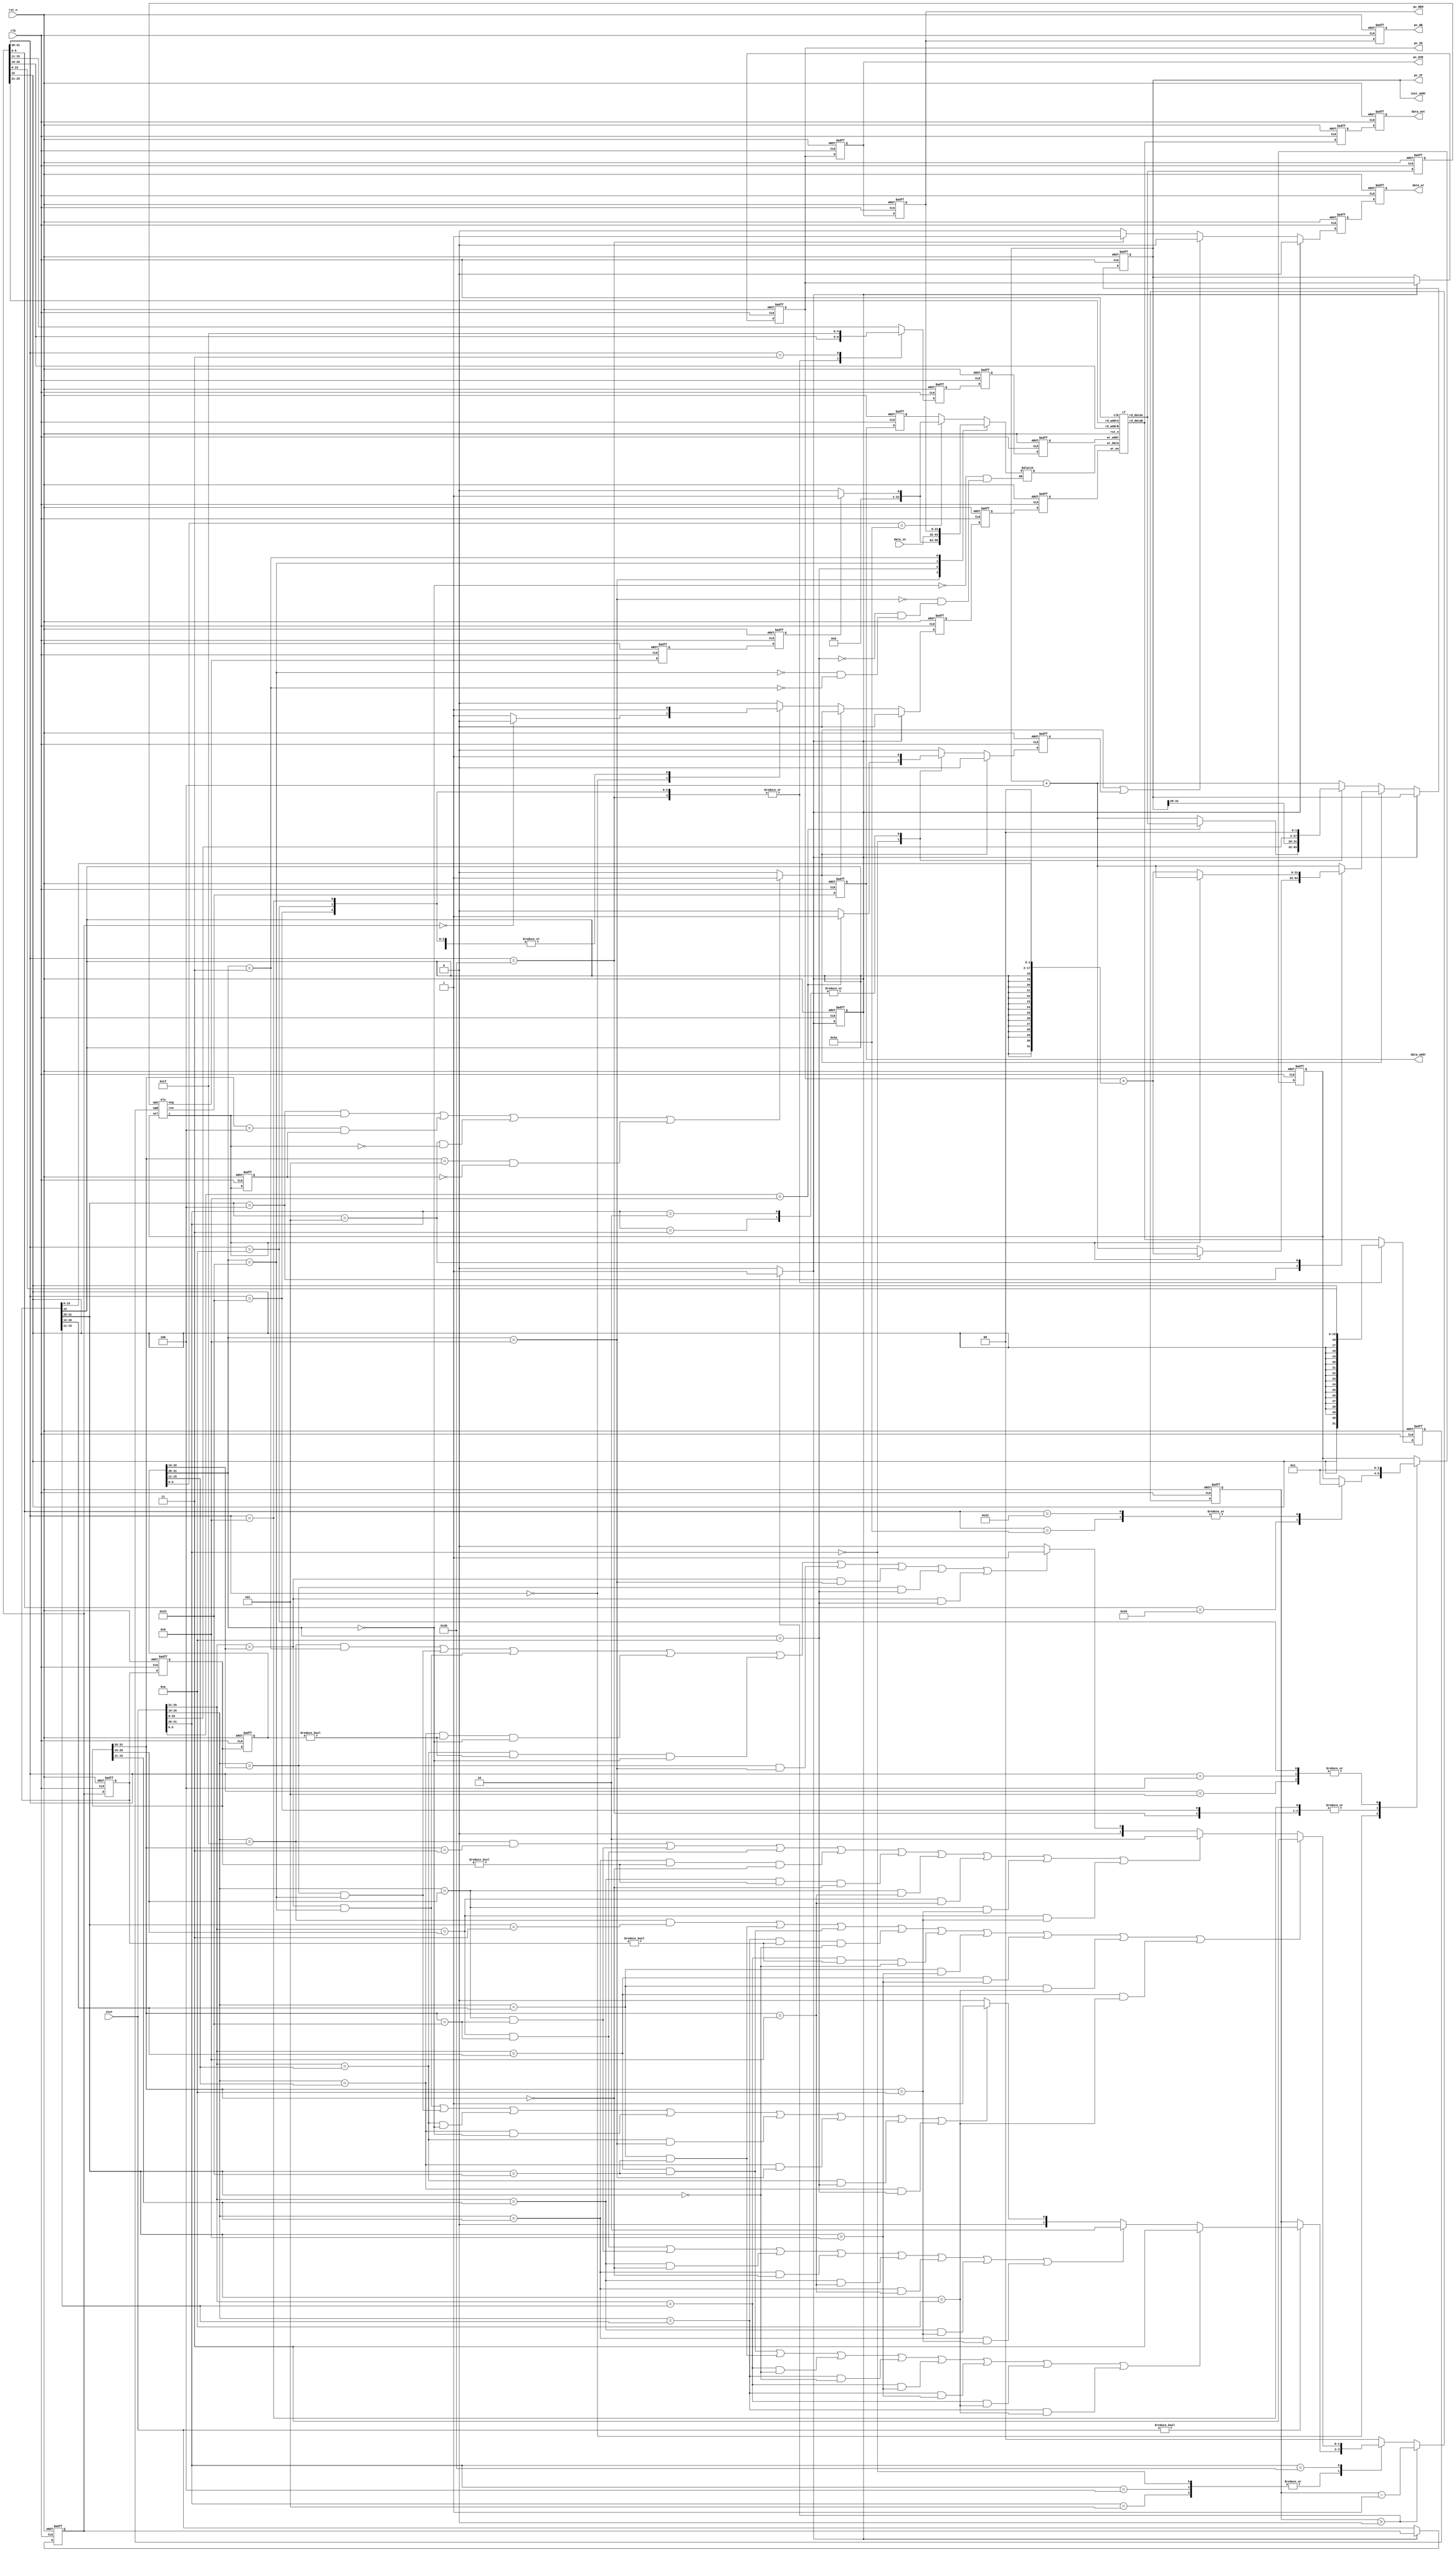
`timescale 1ns/1ps
`define WORD_WIDTH 32
`define MEM_DEPTH  32
`define MEM_WIDTH  32
`define INPUT_DELAY 5
`define OUTPUT_DELAY 5

module pipelined_mips ( clk, rst_n, inst_addr, inst, data_addr, data_in,
  data_out, data_wr, pc_IF, pc_ID, pc_EXE, pc_MEM, pc_WB );
  input clk;
  input rst_n;
  output [31:0] inst_addr;
  input [31:0] inst;
  output [31:0] data_addr;
  input [31:0] data_in;
  output [31:0] data_out;
  output data_wr;
  output [31:0] pc_IF;
  output [31:0] pc_ID;
  output [31:0] pc_EXE;
  output [31:0] pc_MEM;
  output [31:0] pc_WB;

  parameter instBEQ = 6'b000100;
  parameter instBNE = 6'b000101;
  parameter instADDI = 6'b001000;
  parameter instSLTI = 6'b001010;
  parameter instSW = 6'b101011;
  parameter instLW = 6'b100011;
  parameter instJUMP = 6'b000010;
  parameter instJAL = 6'b000011;

  parameter instRType = 6'd0;

  parameter functADD = 6'b100000;
  parameter functSUB = 6'b100010;
  parameter functSLT = 6'b101010;
  parameter functJR = 6'b001000;

  parameter aluAdd = 2'd0;
  parameter aluSub = 2'd1;

  wire [31:0] rd_dataA;
  wire [31:0] rd_dataB;
  wire [4:0] rd_addrA;
  wire [4:0] rd_addrB;

  /* Program Counter */
  reg [31:0] inst_addr;

  wire [31:0] aluRes;
  wire aluZ;
  wire aluNeg;

  wire [31:0] pc_IF;
  wire [31:0] pc_ID;
  wire [31:0] pc_EXE;
  wire [31:0] pc_MEM;
  wire [31:0] pc_WB;

  reg [31:0] if_id_inst_addr;
  wire [31:0] if_id_inst;

  reg [31:0] id_exe_aluOpA;
  reg [31:0] id_exe_aluOpB;
  reg [31:0] id_exe_storeOp;
  reg [4:0] id_exe_wr_addr;
  reg [31:0] id_exe_inst;
  reg [31:0] id_exe_inst_addr;
  reg [1:0] id_exe_aluSel;
  reg id_exe_data_wr;
  reg id_exe_wr_en;

  reg [31:0] exe_mem_aluRes;
  reg [31:0] exe_mem_storeOp;
  reg [4:0] exe_mem_wr_addr;
  reg [31:0] exe_mem_inst;
  reg [31:0] exe_mem_inst_addr;
  reg exe_mem_wr_en;
  reg exe_mem_data_wr;
  reg exe_mem_aluZ;
  reg exe_mem_aluNeg;

  reg [4:0] mem_wb_wr_addr;
  reg [31:0] mem_wb_wr_data;
  reg [31:0] mem_wb_inst;
  reg [31:0] mem_wb_inst_addr;
  reg [31:0] mem_wb_aluRes;
  reg mem_wb_wr_en;
  reg mem_wb_aluNeg;

  reg branch_taken;
  reg flush_jump;
  reg stall;
  reg [1:0] stall_counter;

  reg [31:0] if_id_inst_hold;

  /* Register File */
  rf R1 (.clk(clk),
    .rst_n(rst_n),
    .rd_addrA(rd_addrA),
    .rd_addrB(rd_addrB),
    .rd_dataA(rd_dataA),
    .rd_dataB(rd_dataB),
    .wr_en(mem_wb_wr_en),
    .wr_addr(mem_wb_wr_addr),
    .wr_data(mem_wb_wr_data)
  );

  assign rd_addrA = if_id_inst_hold[25:21];
  assign rd_addrB = if_id_inst_hold[20:16];

  /* ALU */
  alu A1 (.opA(id_exe_aluOpA),
    .opB(id_exe_aluOpB),
    .sel(id_exe_aluSel),
    .res(aluRes),
    .z(aluZ),
    .neg(aluNeg)
  );

  // check in EXE and MEM stages if the instruction is a branch
  // if the instruction is branch and the corresponding "aluZ" flag from the ALU is set (0 or 1)
  // then set the "branch_taken" flag to 1
  // branch_taken -> flag for flushin in branch instructions when branch is not taken
  always @ (*)
    if ( ((id_exe_inst[31:26] == instBEQ) && aluZ) || ((exe_mem_inst[31:26] == instBEQ) && exe_mem_aluZ) ||
      ((id_exe_inst[31:26] == instBNE) && !aluZ) || ((exe_mem_inst[31:26] == instBNE) && !exe_mem_aluZ) )
      branch_taken <= 1'b1;
    else
      branch_taken <= 1'b0;

  // flush_jump -> flag for flushing in jump instructions
  always @ (posedge clk, negedge rst_n)
    if (!rst_n) flush_jump <= 1'b0;
    else
      if (!branch_taken)
        case (if_id_inst[31:26])
          instRType:
            case (if_id_inst[5:0])
              functJR:
                flush_jump <= 1'b1;
              default:
                flush_jump <= 1'b0;
            endcase

          instJUMP,instJAL:
            flush_jump <= 1'b1;

          default:
            flush_jump <= 1'b0;
        endcase
      else
        flush_jump <= 1'b0;

  // Stall control signal
  always @ (*)
    if (stall_counter > 0)
      stall <= 1;
    else
      stall <= 0;

  // Stall counter
  always @ (negedge clk, negedge rst_n)
    if (!rst_n) stall_counter <= 0;
    else
      if (stall_counter > 0)
        stall_counter <= stall_counter - 1;
      else
        case (if_id_inst[31:26])
          instBEQ,
          instBNE,
          instRType:
            if (if_id_inst != 32'd0)
              if
              (
                (if_id_inst[25:21] == id_exe_inst[20:16]) && (id_exe_inst[31:26] == instLW) ||  // IF/ID.IR.RS == ID/EXE.IR.RT
                (if_id_inst[20:16] == id_exe_inst[20:16]) && (id_exe_inst[31:26] == instLW) ||  // IF/ID.IR.RT == ID/EXE.IR.RT

                (if_id_inst[25:21] == id_exe_inst[15:11]) && (id_exe_inst[31:26] == instRType) ||  // IF/ID.IR.RS == ID/EXE.IR.RD
                (if_id_inst[20:16] == id_exe_inst[15:11]) && (id_exe_inst[31:26] == instRType) ||  // IF/ID.IR.RS == ID/EXE.IR.RD

                (if_id_inst[25:21] == id_exe_inst[15:11]) && (id_exe_inst[31:26] == instADDI) ||  // IF/ID.IR.RS == ID/EXE.IR.RD
                (if_id_inst[20:16] == id_exe_inst[15:11]) && (id_exe_inst[31:26] == instADDI) ||  // IF/ID.IR.RS == ID/EXE.IR.RD

                (if_id_inst[25:21] == id_exe_inst[15:11]) && (id_exe_inst[31:26] == instSLTI) ||  // IF/ID.IR.RS == ID/EXE.IR.RD
                (if_id_inst[20:16] == id_exe_inst[15:11]) && (id_exe_inst[31:26] == instSLTI)   // IF/ID.IR.RS == ID/EXE.IR.RD
              )
                stall_counter <= 3;
              else if
              (
                (if_id_inst[25:21] == exe_mem_inst[20:16]) && (exe_mem_inst[31:26] == instLW) ||
                (if_id_inst[20:16] == exe_mem_inst[20:16]) && (exe_mem_inst[31:26] == instLW) ||

                (if_id_inst[25:21] == exe_mem_inst[15:11]) && (exe_mem_inst[31:26] == instRType) ||
                (if_id_inst[20:16] == exe_mem_inst[15:11]) && (exe_mem_inst[31:26] == instRType) ||

                (if_id_inst[25:21] == exe_mem_inst[15:11]) && (exe_mem_inst[31:26] == instADDI) ||
                (if_id_inst[20:16] == exe_mem_inst[15:11]) && (exe_mem_inst[31:26] == instADDI) ||

                (if_id_inst[25:21] == exe_mem_inst[15:11]) && (exe_mem_inst[31:26] == instSLTI) ||
                (if_id_inst[20:16] == exe_mem_inst[15:11]) && (exe_mem_inst[31:26] == instSLTI)
              )
                stall_counter <= 2;
              else if
              (
                (if_id_inst[25:21] == mem_wb_inst[20:16]) && (mem_wb_inst[31:26] == instLW) ||
                (if_id_inst[20:16] == mem_wb_inst[20:16]) && (mem_wb_inst[31:26] == instLW) ||

                (if_id_inst[25:21] == mem_wb_inst[15:11]) && (mem_wb_inst[31:26] == instRType) ||
                (if_id_inst[20:16] == mem_wb_inst[15:11]) && (mem_wb_inst[31:26] == instRType) ||

                (if_id_inst[25:21] == mem_wb_inst[15:11]) && (mem_wb_inst[31:26] == instADDI) ||
                (if_id_inst[20:16] == mem_wb_inst[15:11]) && (mem_wb_inst[31:26] == instADDI) ||

                (if_id_inst[25:21] == mem_wb_inst[15:11]) && (mem_wb_inst[31:26] == instSLTI) ||
                (if_id_inst[20:16] == mem_wb_inst[15:11]) && (mem_wb_inst[31:26] == instSLTI)

              )
                stall_counter <= 1;

            else
              stall_counter <= 0;

          instSW: begin
            if
            (
              ( (if_id_inst[20:16] == 5'd31) && (id_exe_inst[31:26] == instJAL) ) ||

              ( (if_id_inst[20:16] == id_exe_inst[20:16]) && (id_exe_inst[31:26] == instLW) ) ||    // IF/ID.IR.RT == ID/EXE.IR.RT
              ( (if_id_inst[25:21] == id_exe_inst[20:16]) && (id_exe_inst[31:26] == instLW) ) ||    // IF/ID.IR.RS == ID/EXE.IR.RT

              ( (if_id_inst[20:16] == id_exe_inst[15:11]) && (id_exe_inst != 32'd0) && (id_exe_inst[31:26] == instRType) ) ||    // IF/ID.IR.RT == ID/EXE.IR.RD
              ( (if_id_inst[25:21] == id_exe_inst[15:11]) && (id_exe_inst != 32'd0) && (id_exe_inst[31:26] == instRType) ) ||    // IF/ID.IR.RS == ID/EXE.IR.RD

              ( (if_id_inst[20:16] == id_exe_inst[20:16]) && (id_exe_inst[31:26] == instADDI) ) ||    // IF/ID.IR.RT == ID/EXE.IR.RT
              ( (if_id_inst[25:21] == id_exe_inst[20:16]) && (id_exe_inst[31:26] == instADDI) ) ||     // IF/ID.IR.RS == ID/EXE.IR.RT

              ( (if_id_inst[20:16] == id_exe_inst[20:16]) && (id_exe_inst[31:26] == instSLTI) ) ||    // IF/ID.IR.RT == ID/EXE.IR.RT
              ( (if_id_inst[25:21] == id_exe_inst[20:16]) && (id_exe_inst[31:26] == instSLTI) )      // IF/ID.IR.RS == ID/EXE.IR.RT
            )
              stall_counter <= 3;

            else if
            (
              ( (if_id_inst[20:16] == 5'd31) && (exe_mem_inst[31:26] == instJAL) ) ||

              ( (if_id_inst[20:16] == exe_mem_inst[20:16]) && (exe_mem_inst[31:26] == instLW) ) ||    // IF/ID.IR.RT == ID/EXE.IR.RT
              ( (if_id_inst[25:21] == exe_mem_inst[20:16]) && (exe_mem_inst[31:26] == instLW) ) ||    // IF/ID.IR.RT == ID/EXE.IR.RT

              ( (if_id_inst[20:16] == exe_mem_inst[15:11]) && (exe_mem_inst != 32'd0) && (exe_mem_inst[31:26] == instRType) ) ||  // IF/ID.IR.RT == EXE/MEM.IR.RD
              ( (if_id_inst[25:21] == exe_mem_inst[15:11]) && (exe_mem_inst != 32'd0) && (exe_mem_inst[31:26] == instRType) ) ||    // IF/ID.IR.RS == EXE/MEM.IR.RD

              ( (if_id_inst[20:16] == exe_mem_inst[20:16]) && (exe_mem_inst[31:26] == instADDI) ) ||    // IF/ID.IR.RT == ID/EXE.IR.RT
              ( (if_id_inst[25:21] == exe_mem_inst[20:16]) && (exe_mem_inst[31:26] == instADDI) ) ||     // IF/ID.IR.RS == ID/EXE.IR.RT

              ( (if_id_inst[20:16] == exe_mem_inst[20:16]) && (exe_mem_inst[31:26] == instSLTI) ) ||    // IF/ID.IR.RT == ID/EXE.IR.RT
              ( (if_id_inst[25:21] == exe_mem_inst[20:16]) && (exe_mem_inst[31:26] == instSLTI) )      // IF/ID.IR.RS == ID/EXE.IR.RT

            )
              stall_counter <= 2;

            else if
            (
              ( (if_id_inst[20:16] == 5'd31) && (mem_wb_inst[31:26] == instJAL) ) ||

              ( (if_id_inst[20:16] == mem_wb_inst[20:16]) && (mem_wb_inst[31:26] == instLW) ) ||    // IF/ID.IR.RT == ID/EXE.IR.RT
              ( (if_id_inst[25:21] == mem_wb_inst[20:16]) && (mem_wb_inst[31:26] == instLW) ) ||    // IF/ID.IR.RT == ID/EXE.IR.RT

              ( (if_id_inst[20:16] == mem_wb_inst[15:11]) && (mem_wb_inst != 32'd0) && (mem_wb_inst[31:26] == instRType) ) ||  // IF/ID.IR.RT == MEM/WB.IR.RD
              ( (if_id_inst[25:21] == mem_wb_inst[15:11]) && (mem_wb_inst != 32'd0) && (mem_wb_inst[31:26] == instRType) ) ||    // IF/ID.IR.RS == MEM/WB.IR.RD

              ( (if_id_inst[20:16] == mem_wb_inst[20:16]) && (mem_wb_inst[31:26] == instADDI) ) ||    // IF/ID.IR.RT == ID/EXE.IR.RT
              ( (if_id_inst[25:21] == mem_wb_inst[20:16]) && (mem_wb_inst[31:26] == instADDI) ) ||     // IF/ID.IR.RS == ID/EXE.IR.RT

              ( (if_id_inst[20:16] == mem_wb_inst[20:16]) && (mem_wb_inst[31:26] == instSLTI) ) ||    // IF/ID.IR.RT == ID/EXE.IR.RT
              ( (if_id_inst[25:21] == mem_wb_inst[20:16]) && (mem_wb_inst[31:26] == instSLTI) )      // IF/ID.IR.RS == ID/EXE.IR.RT
            )
              stall_counter <= 1;

            else
              stall_counter <= 0;

          end


          // instLW,
          // instSW,
          // instADDI,
          // instSLTI,
          // instJUMP,
          // instJAL,

          default:
            stall_counter <= 0;

        endcase


  always @ (negedge clk, negedge rst_n)
    if (!rst_n) if_id_inst_hold <= 0;
    else
      if (stall == 1'b1)
        if_id_inst_hold <= if_id_inst_hold;
      else
        if_id_inst_hold <= inst;


  reg [31:0] new_inst_addr;
  reg [31:0] inst_plus_four;

  /***** Program Counter Pipeline Register *****/

  always @ (posedge clk, negedge rst_n)
    if (!rst_n)
      inst_addr <= 0;
    else
      if (stall == 1'd1)
        inst_addr <= inst_addr;
      else
        if (!branch_taken)
          case (if_id_inst[31:26])
            instRType:
              case (if_id_inst[5:0])
                functJR:
                  // rd_dataA contains the value of $ra ($31)
                  inst_addr <= rd_dataA;
                default:
                  inst_addr <= inst_addr + 4;
              endcase
            instJUMP,
            instJAL:
              inst_addr <= { inst_addr[31:28], if_id_inst[25:0], 2'b0 };
            default:
              inst_addr <= inst_addr + 4;
          endcase
        else
          // "id_exe_inst[31:26]" is the instruction opcode at the EXE stage
          case (id_exe_inst[31:26])
            instBEQ:
              if (aluZ)
                inst_addr <= if_id_inst_addr + { {14{id_exe_inst[15]}}, id_exe_inst[15:0], 2'b0 };
              else
                inst_addr <= inst_addr + 4;
            instBNE:
              if (!aluZ)
                inst_addr <= if_id_inst_addr + { {14{id_exe_inst[15]}}, id_exe_inst[15:0], 2'b0 };
              else
                inst_addr <= inst_addr + 4;
            default:
              inst_addr <= inst_addr + 4;
          endcase

  /***** Program Counter Pipeline Register end *****/


  // PC at IF stage
  assign pc_IF = inst_addr;
  assign pc_ID = if_id_inst_addr;
  assign pc_EXE = id_exe_inst_addr;
  assign pc_MEM = exe_mem_inst_addr;
  assign pc_WB = mem_wb_inst_addr;

  /***** IF/ID Pipeline Register *****/
  // point-of-view -> in IF stage

  // if_id_inst_addr -> destination
  always @ (posedge clk, negedge rst_n)
    if (!rst_n) begin
      if_id_inst_addr <= 0;
      stall = 0;
    end
    else begin
      // if  (
      //       // (
      //       //   (if_id_inst[31:26] == instLW) &&            // INST = LOAD WORD (check only for RS == RD)
      //       //   ( (if_id_inst[25:21] == id_exe_inst[15:11]) || // IF/ID.IR.RS == ID/EXE.IR.RD   (IF/ID in ID stage, ID/EXE in EXE stage)
      //       //     (if_id_inst[25:21] == exe_mem_inst[15:11]) || // IF/ID.IR.RS == EXE/MEM.IR.RD
      //       //     (if_id_inst[25:21] == mem_wb_inst[15:11]) // IF/ID.IR.RS == MEM/WB.IR.RD
      //       //     )
      //       // ) ||
      //       ( (if_id_inst[31:26] == instRType) && (if_id_inst != 32'd0) &&            // INST = R type (check only for RS == RD)
      //         ( (if_id_inst[25:21] == id_exe_inst[15:11]) || // IF/ID.IR.RS == ID/EXE.IR.RD   (IF/ID in ID stage, ID/EXE in EXE stage)
      //           (if_id_inst[20:16] == id_exe_inst[15:11]) || // IF/ID.IR.RT == ID/EXE.IR.RD
      //           (if_id_inst[25:21] == exe_mem_inst[15:11]) || // IF/ID.IR.RS == EXE/MEM.IR.RD  (IF/ID in ID stage, EXE/MEM in MEM stage)
      //           (if_id_inst[20:16] == exe_mem_inst[15:11]) || // IF/ID.IR.RT == EXE/MEM.IR.RD
      //           (if_id_inst[25:21] == mem_wb_inst[15:11]) || // IF/ID.IR.RS == MEM/WB.IR.RD  (IF/ID in ID stage, MEM/WB in WB stage)
      //           (if_id_inst[20:16] == mem_wb_inst[15:11])  // IF/ID.IR.RT == MEM/WB.IR.RD
      //         )
      //       )
      //     )
      //     begin
      //       // if there is raw hazard, circulate the instruction address back to the IF/ID pipeline register
      //       if_id_inst_addr <= if_id_inst_addr;
      //       stall = 1;
      //     end
      //
      // else
      if (stall == 1'd1)
        if_id_inst_addr <= if_id_inst_addr;
      else
        if_id_inst_addr <= pc_IF;
    end

  // if_id_inst
  assign if_id_inst = inst;
  // always @ (posedge clk, negedge rst_n)
  //   if (!rst_n) begin
  //     if_id_inst <= 0;
  //   end
  //   else begin
  //     // if ( (if_id_inst[31:26] == instLW) &&            // INST = LOAD WORD (check only for RS == RD)
  //     //       ( (if_id_inst[25:21] == id_exe_inst[15:11]) || // IF/ID.IR.RS == ID/EXE.IR.RD   (IF/ID in ID stage, ID/EXE in EXE stage)
  //     //         (if_id_inst[25:21] == exe_mem_inst[15:11]) || // IF/ID.IR.RS == EXE/MEM.IR.RD
  //     //         (if_id_inst[25:21] == mem_wb_inst[15:11]) // IF/ID.IR.RS == MEM/WB.IR.RD
  //     //       )
  //     //     ) ||
  //     //     ( (if_id_inst[31:26] == instRType) &&            // INST = LOAD WORD (check only for RS == RD)
  //     //       ( (if_id_inst[25:21] == id_exe_inst[15:11]) || // IF/ID.IR.RS == ID/EXE.IR.RD   (IF/ID in ID stage, ID/EXE in EXE stage)
  //     //         (if_id_inst[20:16] == id_exe_inst[15:11]) || // IF/ID.IR.RT == ID/EXE.IR.RD
  //     //         (if_id_inst[25:21] == exe_mem_inst[15:11]) || // IF/ID.IR.RS == EXE/MEM.IR.RD  (IF/ID in ID stage, EXE/MEM in MEM stage)
  //     //         (if_id_inst[20:16] == exe_mem_inst[15:11]) || // IF/ID.IR.RT == EXE/MEM.IR.RD
  //     //         (if_id_inst[25:21] == mem_wb_inst[15:11]) || // IF/ID.IR.RS == MEM/WB.IR.RD  (IF/ID in ID stage, MEM/WB in WB stage)
  //     //         (if_id_inst[20:16] == mem_wb_inst[15:11])  // IF/ID.IR.RT == MEM/WB.IR.RD
  //     //       )
  //     //     )
  //     //     begin
  //     //       // if there is raw hazard, circulate the instruction back to the IF/ID pipeline register
  //     //       if_id_inst <= if_id_inst;
  //     //     end
  //     //
  //     // else
  //       if_id_inst = inst;
  //   end

  /***** IF/ID Pipeline Register end *****/


  /***** ID/EXE Pipeline Register *****/
  // point-of-view -> to write to ID/EXE pipeline in ID stage

  // id_exe_aluOpA
  always @ (posedge clk, negedge rst_n)
    if (!rst_n) id_exe_aluOpA <= 0;
    else id_exe_aluOpA <= rd_dataA;

  // id_exe_aluOpB
  always @ (posedge clk, negedge rst_n)
    if (!rst_n) id_exe_aluOpB <= 0;
    else
      // "if_id_inst[31:26]" is the instruction opcode at ID stage
      case (if_id_inst_hold[31:26])
        instRType:
          id_exe_aluOpB <= rd_dataB;
        instADDI,
        instSLTI,
        instSW,
        instLW:
          id_exe_aluOpB <= { {16{if_id_inst_hold[15]}}, if_id_inst_hold[15:0] };		// sign extend
        default:
          id_exe_aluOpB <= rd_dataB;
      endcase

  // id_exe_storeOp
  always @ (posedge clk, negedge rst_n)
    if (!rst_n) id_exe_storeOp <= 0;
    else id_exe_storeOp <= rd_dataB;

  // id_exe_inst
  always @ (posedge clk, negedge rst_n)
    if (!rst_n) id_exe_inst <= 0;
    else id_exe_inst <= if_id_inst_hold;

  // id_exe_inst_addr
  always @ (posedge clk, negedge rst_n)
    if (!rst_n) id_exe_inst_addr <= 0;
    else id_exe_inst_addr <= if_id_inst_addr;

  // id_exe_wr_addr
  always @ (posedge clk, negedge rst_n)
    if (!rst_n) id_exe_wr_addr <= 0;
    else
      // "if_id_inst_hold[31:26]" is the instruction opcode at ID stage
      case (if_id_inst_hold[31:26])
        instRType:
          id_exe_wr_addr <= if_id_inst_hold[15:11];		// rd
        instADDI,
        instSLTI,
        instSW,
        instLW:
          id_exe_wr_addr <= if_id_inst_hold[20:16];		// rt
        instJAL:
          id_exe_wr_addr <= 31;   // write to $ra (return address)
        default:
          id_exe_wr_addr <= if_id_inst_hold[15:11];
      endcase

  // id_exe_aluSel (ALU CONTROL)
  always @ (posedge clk, negedge rst_n)
    if (!rst_n) id_exe_aluSel <= 0;
    else
      // "if_id_inst_hold[31:26]" is the instruction opcode at ID stage
      case (if_id_inst_hold[31:26])
        instRType:
        // "if_id_inst_hold[5:0]" is the funct code for an R type instruction at ID stage
          case (if_id_inst_hold[5:0])
            functADD:
              id_exe_aluSel <= aluAdd;
            functSUB,
            functSLT:
              id_exe_aluSel <= aluSub;
          endcase
        instADDI,
        instSW,
        instLW:
          id_exe_aluSel <= aluAdd;
        instBEQ,
        instBNE,
        instSLTI:
          id_exe_aluSel <= aluSub;
      endcase

  // id_exe_data_wr (CONTROL)
  always @ (posedge clk, negedge rst_n)
    if (!rst_n) id_exe_data_wr <= 0;
    else
      // if  (
      //       // (
      //       //   (if_id_inst[31:26] == instLW) &&            // INST = LOAD WORD (check only for RS == RD)
      //       //   ( (if_id_inst[25:21] == id_exe_inst[15:11]) || // IF/ID.IR.RS == ID/EXE.IR.RD   (IF/ID in ID stage, ID/EXE in EXE stage)
      //       //     (if_id_inst[25:21] == exe_mem_inst[15:11]) || // IF/ID.IR.RS == EXE/MEM.IR.RD
      //       //     (if_id_inst[25:21] == mem_wb_inst[15:11]) // IF/ID.IR.RS == MEM/WB.IR.RD
      //       //     )
      //       // ) ||
      //       ( (if_id_inst[31:26] == instRType) &&            // INST = LOAD WORD (check only for RS == RD)
      //         ( (if_id_inst[25:21] == id_exe_inst[15:11]) || // IF/ID.IR.RS == ID/EXE.IR.RD   (IF/ID in ID stage, ID/EXE in EXE stage)
      //           (if_id_inst[20:16] == id_exe_inst[15:11]) || // IF/ID.IR.RT == ID/EXE.IR.RD
      //           (if_id_inst[25:21] == exe_mem_inst[15:11]) || // IF/ID.IR.RS == EXE/MEM.IR.RD  (IF/ID in ID stage, EXE/MEM in MEM stage)
      //           (if_id_inst[20:16] == exe_mem_inst[15:11]) || // IF/ID.IR.RT == EXE/MEM.IR.RD
      //           (if_id_inst[25:21] == mem_wb_inst[15:11]) || // IF/ID.IR.RS == MEM/WB.IR.RD  (IF/ID in ID stage, MEM/WB in WB stage)
      //           (if_id_inst[20:16] == mem_wb_inst[15:11])  // IF/ID.IR.RT == MEM/WB.IR.RD
      //         )
      //       )
      //     )
      //     begin
      //       id_exe_data_wr <= 1'b0;
      //     end
      //
      // else

      if (stall == 1'd1)
        id_exe_data_wr <= 1'b0;
      else
        if (branch_taken || flush_jump)
          id_exe_data_wr <= 1'b0;
        else

          // "if_id_inst_hold[31:26]" is the instruction opcode at ID stage
          case (if_id_inst_hold[31:26])
            instSW:
              id_exe_data_wr <= 1'b1;
            default:
              id_exe_data_wr <= 1'b0;
          endcase

  // id_exe_wr_en (CONTROL)
  always @ (posedge clk, negedge rst_n)
    if (!rst_n) id_exe_wr_en <= 0;
    else
      // if  (
      //       // (
      //       //   (if_id_inst[31:26] == instLW) &&            // INST = LOAD WORD (check only for RS == RD)
      //       //   ( (if_id_inst[25:21] == id_exe_inst[15:11]) || // IF/ID.IR.RS == ID/EXE.IR.RD   (IF/ID in ID stage, ID/EXE in EXE stage)
      //       //     (if_id_inst[25:21] == exe_mem_inst[15:11]) || // IF/ID.IR.RS == EXE/MEM.IR.RD
      //       //     (if_id_inst[25:21] == mem_wb_inst[15:11]) // IF/ID.IR.RS == MEM/WB.IR.RD
      //       //     )
      //       // ) ||
      //       ( (if_id_inst[31:26] == instRType) &&            // INST = LOAD WORD (check only for RS == RD)
      //         ( (if_id_inst[25:21] == id_exe_inst[15:11]) || // IF/ID.IR.RS == ID/EXE.IR.RD   (IF/ID in ID stage, ID/EXE in EXE stage)
      //           (if_id_inst[20:16] == id_exe_inst[15:11]) || // IF/ID.IR.RT == ID/EXE.IR.RD
      //           (if_id_inst[25:21] == exe_mem_inst[15:11]) || // IF/ID.IR.RS == EXE/MEM.IR.RD  (IF/ID in ID stage, EXE/MEM in MEM stage)
      //           (if_id_inst[20:16] == exe_mem_inst[15:11]) || // IF/ID.IR.RT == EXE/MEM.IR.RD
      //           (if_id_inst[25:21] == mem_wb_inst[15:11]) || // IF/ID.IR.RS == MEM/WB.IR.RD  (IF/ID in ID stage, MEM/WB in WB stage)
      //           (if_id_inst[20:16] == mem_wb_inst[15:11])  // IF/ID.IR.RT == MEM/WB.IR.RD
      //         )
      //       )
      //     )
      //     begin
      //       id_exe_wr_en <= 1'b0;
      //     end
      //
      // else

      if (stall == 1'd1)
        id_exe_wr_en <= 1'b0;
      else
        if (branch_taken)
          id_exe_wr_en <= 1'b0;
        else
          // "if_id_inst_hold[31:26]" is the instruction opcode at ID stage
          case (if_id_inst_hold[31:26])
            instRType:
              if (if_id_inst_hold == 32'd0) id_exe_wr_en <= 1'b0;
              else id_exe_wr_en <= 1'b1;
            instADDI,
            instSLTI,
            instLW,
            instJAL:
              id_exe_wr_en <= 1'b1;
            default:
              id_exe_wr_en <= 1'b0;
          endcase

  /***** ID/EXE Pipeline Register end *****/


  /***** EXE/MEM pipeline register *****/

  // exe_mem_storeOp
  always @ (posedge clk, negedge rst_n)
    if (!rst_n) exe_mem_storeOp <= 0;
    else exe_mem_storeOp <= id_exe_storeOp;

  // exe_mem_wr_addr
  always @ (posedge clk, negedge rst_n)
    if (!rst_n) exe_mem_wr_addr <= 0;
    else exe_mem_wr_addr <= id_exe_wr_addr;

  // exe_mem_inst
  always @ (posedge clk, negedge rst_n)
    if (!rst_n) exe_mem_inst <= 0;
    else exe_mem_inst <= id_exe_inst;

  // exe_mem_inst_addr
  always @ (posedge clk, negedge rst_n)
    if (!rst_n) exe_mem_inst_addr <= 0;
    else exe_mem_inst_addr <= id_exe_inst_addr;

  // exe_mem_wr_en  (CONTROL)
  always @ (posedge clk, negedge rst_n)
    if (!rst_n) exe_mem_wr_en <= 0;
    else exe_mem_wr_en <= id_exe_wr_en;

  // exe_mem_data_wr (CONTROL)
  always @ (posedge clk, negedge rst_n)
    if (!rst_n)  exe_mem_data_wr <= 0;
    else exe_mem_data_wr <= id_exe_data_wr;

  // exe_mem_aluRes
  always @ (posedge clk, negedge rst_n)
    if (!rst_n) exe_mem_aluRes <= 0;
    else exe_mem_aluRes <= aluRes;

  // exe_mem_aluNeg
  always @ (posedge clk, negedge rst_n)
    if (!rst_n) exe_mem_aluNeg <= 0;
    else exe_mem_aluNeg <= aluNeg;

  // exe_mem_aluZ
  always @ (posedge clk, negedge rst_n)
    if (!rst_n) exe_mem_aluZ <= 0;
    else exe_mem_aluZ <= aluZ;

  /***** EXE/MEM pipeline register end *****/

  assign data_addr = exe_mem_aluRes;
  assign data_out = exe_mem_storeOp;
  assign data_wr = exe_mem_data_wr;


  /***** MEM/WB pipeline register *****/

  // mem_wb_inst
  always @ (posedge clk, negedge rst_n)
    if (!rst_n) mem_wb_inst <= 0;
    else mem_wb_inst <= exe_mem_inst;

  // mem_wb_inst_addr
  always @ (posedge clk, negedge rst_n)
    if (!rst_n) mem_wb_inst_addr <= 0;
    else mem_wb_inst_addr <= exe_mem_inst_addr;

  // mem_wb_wr_addr
  always @ (posedge clk, negedge rst_n)
    if (!rst_n) mem_wb_wr_addr <= 0;
    else mem_wb_wr_addr <= exe_mem_wr_addr;

  // mem_wb_wr_en (CONTROL)
  always @ (posedge clk, negedge rst_n)
    if (!rst_n) mem_wb_wr_en <= 0;
    else mem_wb_wr_en <= exe_mem_wr_en;

  // mem_wb_aluRes
  always @ (posedge clk, negedge rst_n)
    if (!rst_n) mem_wb_aluRes <= 0;
    else mem_wb_aluRes <= exe_mem_aluRes;

  // mem_wb_aluNeg
  always @ (posedge clk, negedge rst_n)
    if (!rst_n) mem_wb_aluNeg <= 0;
    else mem_wb_aluNeg <= exe_mem_aluNeg;

  /***** MEM/WB pipeline register end *****/


  always @ (*)
    case (mem_wb_inst[31:26])
      instRType: begin
        // "exe_mem_inst[5:0]" is the funct code for an R type instruction at ID stage
        case (mem_wb_inst[5:0])
          functSLT:
            if (mem_wb_aluNeg)
              mem_wb_wr_data <= 32'd1;
            else
              mem_wb_wr_data <= 32'd0;
          default:
            mem_wb_wr_data <= mem_wb_aluRes;
        endcase
      end

      instADDI: begin
        mem_wb_wr_data <= mem_wb_aluRes;
      end

      instSLTI: begin
        if (mem_wb_aluNeg)
          mem_wb_wr_data <= 32'd1;
        else
          mem_wb_wr_data <= 32'd0;
      end

      instLW: begin
        mem_wb_wr_data <= data_in;
      end

      instJAL:
        // exe_mem_inst_addr is PC + 4
        mem_wb_wr_data <= exe_mem_inst_addr;
        // mem_wb_wr_data <= exe_mem_inst_addr + 4;
    endcase


endmodule

module alu ( opA, opB, sel, res, z, neg );
	input [`WORD_WIDTH-1:0] opA;
	input [`WORD_WIDTH-1:0]	opB;
	input [1:0] sel;
	output [31:0] res;
	output z;
	output neg;

	wire [`WORD_WIDTH-1:0] res_add;
	wire [`WORD_WIDTH-1:0] res_sub;
  reg [31:0] res_temp;

  assign res_add = opA + opB;
  assign res_sub = opA - opB;

	/* res output */
  always @ (*)
    case (sel)
      2'd0: res_temp <= res_add;
      2'd1: res_temp <= res_sub;
    endcase

  assign #(`INPUT_DELAY) res = res_temp;

	/* zero flag */
	assign #(`INPUT_DELAY) z = (res_temp == 0) ? 1'b1 : 1'b0;

	/* negative number flag */
	assign #(`INPUT_DELAY) neg = (res_temp[31] == 1'b1) ? 1'b1 : 1'b0;

endmodule

module rf(
	input clk,
	input rst_n,
	input [4:0] rd_addrA,
	input [4:0] rd_addrB,
	output [`WORD_WIDTH-1:0] rd_dataA,
	output [`WORD_WIDTH-1:0] rd_dataB,
	input wr_en,
	input [4:0] wr_addr,
	input [`WORD_WIDTH-1:0] wr_data
);

	reg [`MEM_WIDTH-1:0] regf [`MEM_DEPTH-1:0];

  wire [31:0] reg0;
	wire [31:0] reg1;
	wire [31:0] reg2;
	wire [31:0] reg3;
	wire [31:0] reg4;
	wire [31:0] reg5;
	wire [31:0] reg6;
	wire [31:0] reg7;
	wire [31:0] reg8;
	wire [31:0] reg9;
	wire [31:0] reg10;
	wire [31:0] reg11;
	wire [31:0] reg12;
	wire [31:0] reg13;
	wire [31:0] reg14;
	wire [31:0] reg15;
	wire [31:0] reg16;
	wire [31:0] reg17;
	wire [31:0] reg18;
	wire [31:0] reg19;
	wire [31:0] reg20;
	wire [31:0] reg21;
	wire [31:0] reg22;
	wire [31:0] reg23;
	wire [31:0] reg24;
	wire [31:0] reg25;
	wire [31:0] reg26;
	wire [31:0] reg27;
	wire [31:0] reg28;
	wire [31:0] reg29;
	wire [31:0] reg30;
	wire [31:0] reg31;

  assign reg0 = regf[0];
	assign reg1 = regf[1];
	assign reg2 = regf[2];
	assign reg3 = regf[3];
	assign reg4 = regf[4];
	assign reg5 = regf[5];
	assign reg6 = regf[6];
	assign reg7 = regf[7];
	assign reg8 = regf[8];
	assign reg9 = regf[9];
	assign reg10 = regf[10];
	assign reg11 = regf[11];
	assign reg12 = regf[12];
	assign reg13 = regf[13];
	assign reg14 = regf[14];
	assign reg15 = regf[15];
	assign reg16 = regf[16];
	assign reg17 = regf[17];
	assign reg18 = regf[18];
	assign reg19 = regf[19];
	assign reg20 = regf[20];
	assign reg21 = regf[21];
	assign reg22 = regf[22];
	assign reg23 = regf[23];
	assign reg24 = regf[24];
	assign reg25 = regf[25];
	assign reg26 = regf[26];
	assign reg27 = regf[27];
	assign reg28 = regf[28];
	assign reg29 = regf[29];
	assign reg30 = regf[30];
	assign reg31 = regf[31];

	always @ (posedge clk, negedge rst_n)
		if (!rst_n) begin
			regf[0] <= 32'd0;
			regf[1] <= 32'd0;
			regf[2] <= 32'd0;
			regf[3] <= 32'd0;
			regf[4] <= 32'd0;
			regf[5] <= 32'd0;
			regf[6] <= 32'd0;
			regf[7] <= 32'd0;
			regf[8] <= 32'd0;
			regf[9] <= 32'd0;
			regf[10] <= 32'd0;
			regf[11] <= 32'd0;
			regf[12] <= 32'd0;
			regf[13] <= 32'd0;
			regf[14] <= 32'd0;
			regf[15] <= 32'd0;
			regf[16] <= 32'd0;
			regf[17] <= 32'd0;
			regf[18] <= 32'd0;
			regf[19] <= 32'd0;
			regf[20] <= 32'd0;
			regf[21] <= 32'd0;
			regf[22] <= 32'd0;
			regf[23] <= 32'd0;
			regf[24] <= 32'd0;
			regf[25] <= 32'd0;
			regf[26] <= 32'd0;
			regf[27] <= 32'd0;
			regf[28] <= 32'd0;
			regf[29] <= 32'd0;
			regf[30] <= 32'd0;
			regf[31] <= 32'd0;
		end
		else
			if (wr_en)
				case (wr_addr)
					5'd0: regf[wr_addr] <= 0;
					default: regf[wr_addr] <= wr_data;
				endcase

	assign rd_dataA = regf[rd_addrA];
	assign rd_dataB = regf[rd_addrB];

endmodule